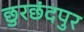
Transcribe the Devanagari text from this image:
छुरछंदपुर